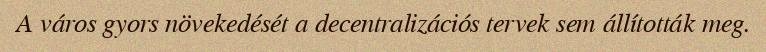
A város gyors növekedését a decentralizációs tervek sem állították meg.